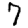
Digit: 7